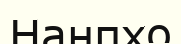
Нанпхо